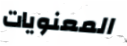
المعنويات